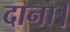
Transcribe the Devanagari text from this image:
दाना।